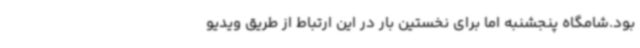
بود.شامگاه پنجشنبه اما برای نخستین بار در این ارتباط از طریق ویدیو